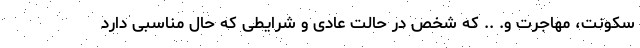
سکونت، مهاجرت و. .. که شخص در حالت عادی و شرایطی که حال مناسبی دارد